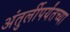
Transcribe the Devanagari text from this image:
अंतुर्लीपर्यंतच्या